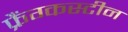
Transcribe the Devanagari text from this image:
फ्रैंग्कस्टीन